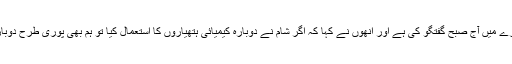
'میں نے صدر ٹرمپ سے اس بارے میں آج صبح گفتگو کی ہے اور انھوں نے کہا کہ اگر شام نے دوبارہ کیمیائی ہتھیاروں کا استعمال کیا تو ہم بھی پوری طرح دوبارہ حملہ کرنے کے لیے تیار ہیں۔